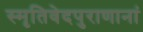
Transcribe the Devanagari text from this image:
स्मृतिवेदपुराणानां